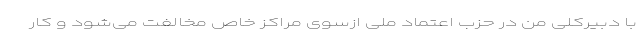
با دبیرکلی من در حزب اعتماد ملی ازسوی مراکز خاص مخالفت می‌شود و کار